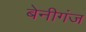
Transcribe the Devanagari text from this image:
बेनीगंज